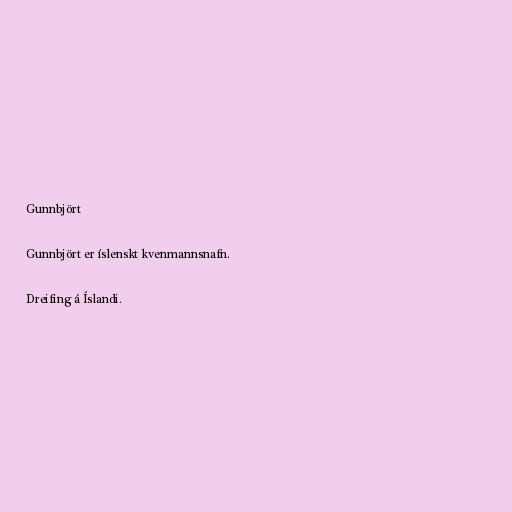
Gunnbjört

Gunnbjört er íslenskt kvenmannsnafn.

Dreifing á Íslandi.